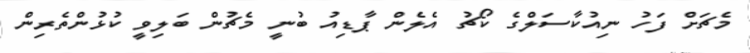
މެޗަށް ފަހު ނިއުކާސަލްގެ ކޯޗު އެލެން ޕާޑިއު ބުނީ މެޗުން ބަލިވީ ކުޅުންތެރިން